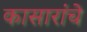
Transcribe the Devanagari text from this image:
कासारांचे